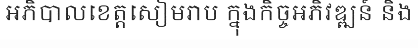
អភិបាលខេត្តសៀមរាប ក្នុងកិច្ចអភិវឌ្ឍន៍ និង